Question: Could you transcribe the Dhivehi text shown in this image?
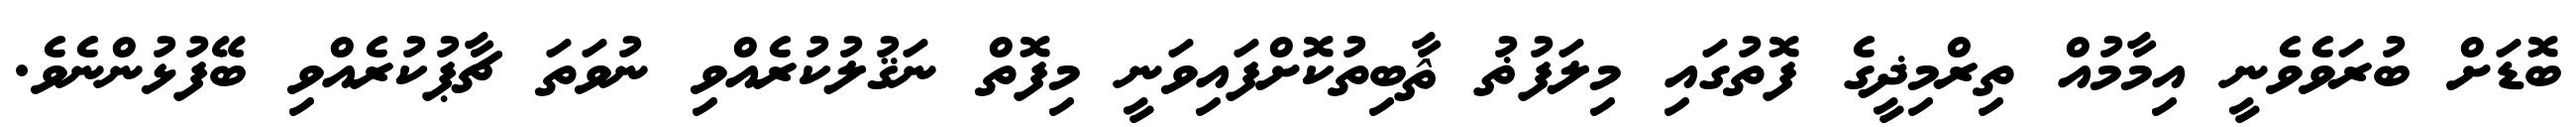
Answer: ބޮޑަށް ބުރަވެވެނީ އިމާމުއް ތިރްމިޛީގެ ފޮތުގައި މިލަފުޡު ޘާބިތުކޮށްފައިވަނީ މިފޮތް ނަޤުލުކުރެއްވި ނުވަތަ ޗާޕުކުރެއްވި ބޭފުޅުންނެވެ.